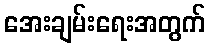
အေးချမ်းရေးအတွက်